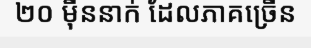
២០ ម៉ឺននាក់ ដែលភាគច្រើន